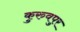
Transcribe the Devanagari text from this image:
कुरुवपुर